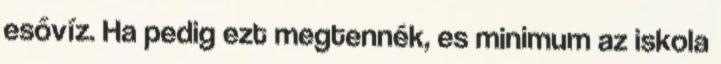
esővíz. Ha pedig ezt megtennék, es minimum az iskola